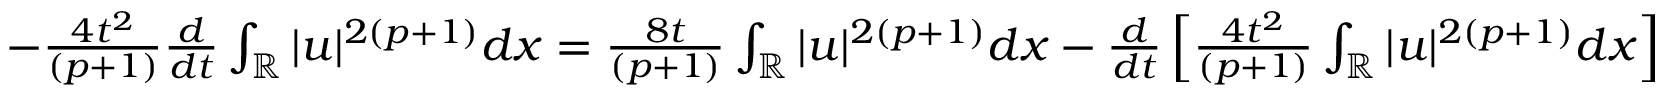
\begin{array} { r } { - \frac { 4 t ^ { 2 } } { ( p + 1 ) } \frac { d } { d t } \int _ { \mathbb { R } } | u | ^ { 2 ( p + 1 ) } d x = \frac { 8 t } { ( p + 1 ) } \int _ { \mathbb { R } } | u | ^ { 2 ( p + 1 ) } d x - \frac { d } { d t } \left[ \frac { 4 t ^ { 2 } } { ( p + 1 ) } \int _ { \mathbb { R } } | u | ^ { 2 ( p + 1 ) } d x \right] } \end{array}